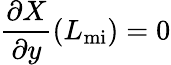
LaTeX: \frac{\partial{X}}{\partial{y}}(L_{\mathrm{mi}})=0